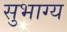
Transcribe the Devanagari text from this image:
सुभाग्य